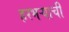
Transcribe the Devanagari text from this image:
हरभऱ्याची